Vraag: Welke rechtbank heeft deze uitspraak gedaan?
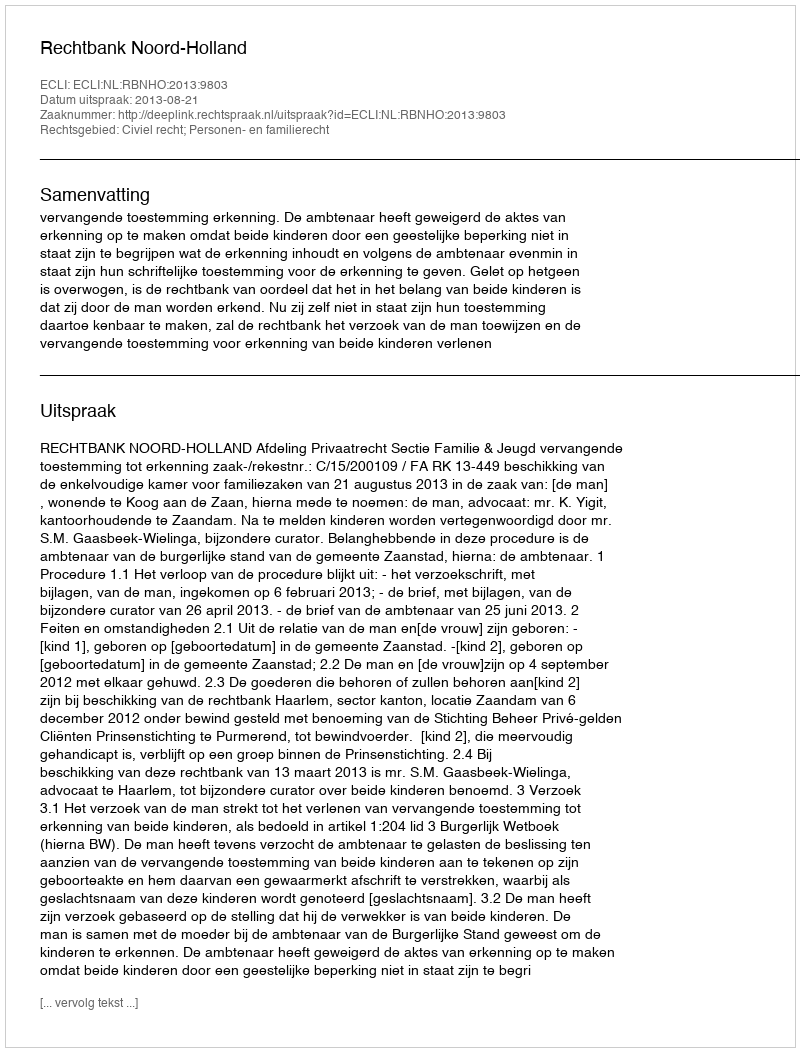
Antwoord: Rechtbank Noord-Holland